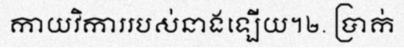
កាយវិការរបស់នាងឡើយ។២. ប្រាក់